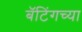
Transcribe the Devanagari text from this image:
बॅटिंगच्या